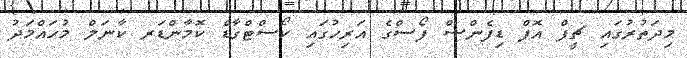
މިދަތުރުގައި ޗީފް އޮފް ޑިފެންސް ފޯސްގެ އަރިހުގައި ކޯސްޓްގާޑް ކޮމާންޑަރ ކާނަލް މުހައްމަދު